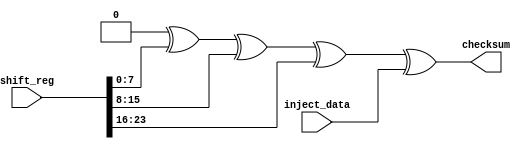
`timescale 1ns / 1ps
//////////////////////////////////////////////////////////////////////////////////
// Company: 
// Engineer: 
// 
// Design Name: 
// Module Name: checkSum
// Project Name: 
// Target Devices: 
// Tool Versions: 
// Description: 
// 
// Dependencies: 
// 
// Revision:
// Revision 0.01 - File Created
// Additional Comments:
// 
//////////////////////////////////////////////////////////////////////////////////


module CheckSum(
    input [23:0] shift_reg,
    input [7:0] inject_data,
    output reg [7:0]checksum
    );
    
    always @* begin
        checksum = 8'b0;
    
        checksum = checksum ^ shift_reg[7:0];
        checksum = checksum ^ shift_reg[15:8];
        checksum = checksum ^ shift_reg[23:16];
    
        checksum = checksum ^ inject_data;
    end
    
endmodule